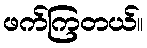
ဖက်ကြတယ်။